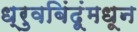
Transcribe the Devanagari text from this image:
ध्रुवबिंदूंमधून